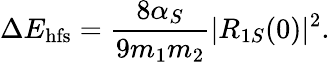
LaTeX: \Delta E_{\mathrm{hfs}}=\frac{8\alpha_{S}}{9m_{1}m_{2}}|R_{1S}(0)|^{2}.